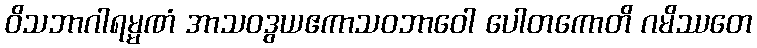
ဝိသဘာဂါရမ္မဏံ အာသဝဒွယဧကာသဝဘာဝေါ ပေါတကောတိ ဂမိဿတေ